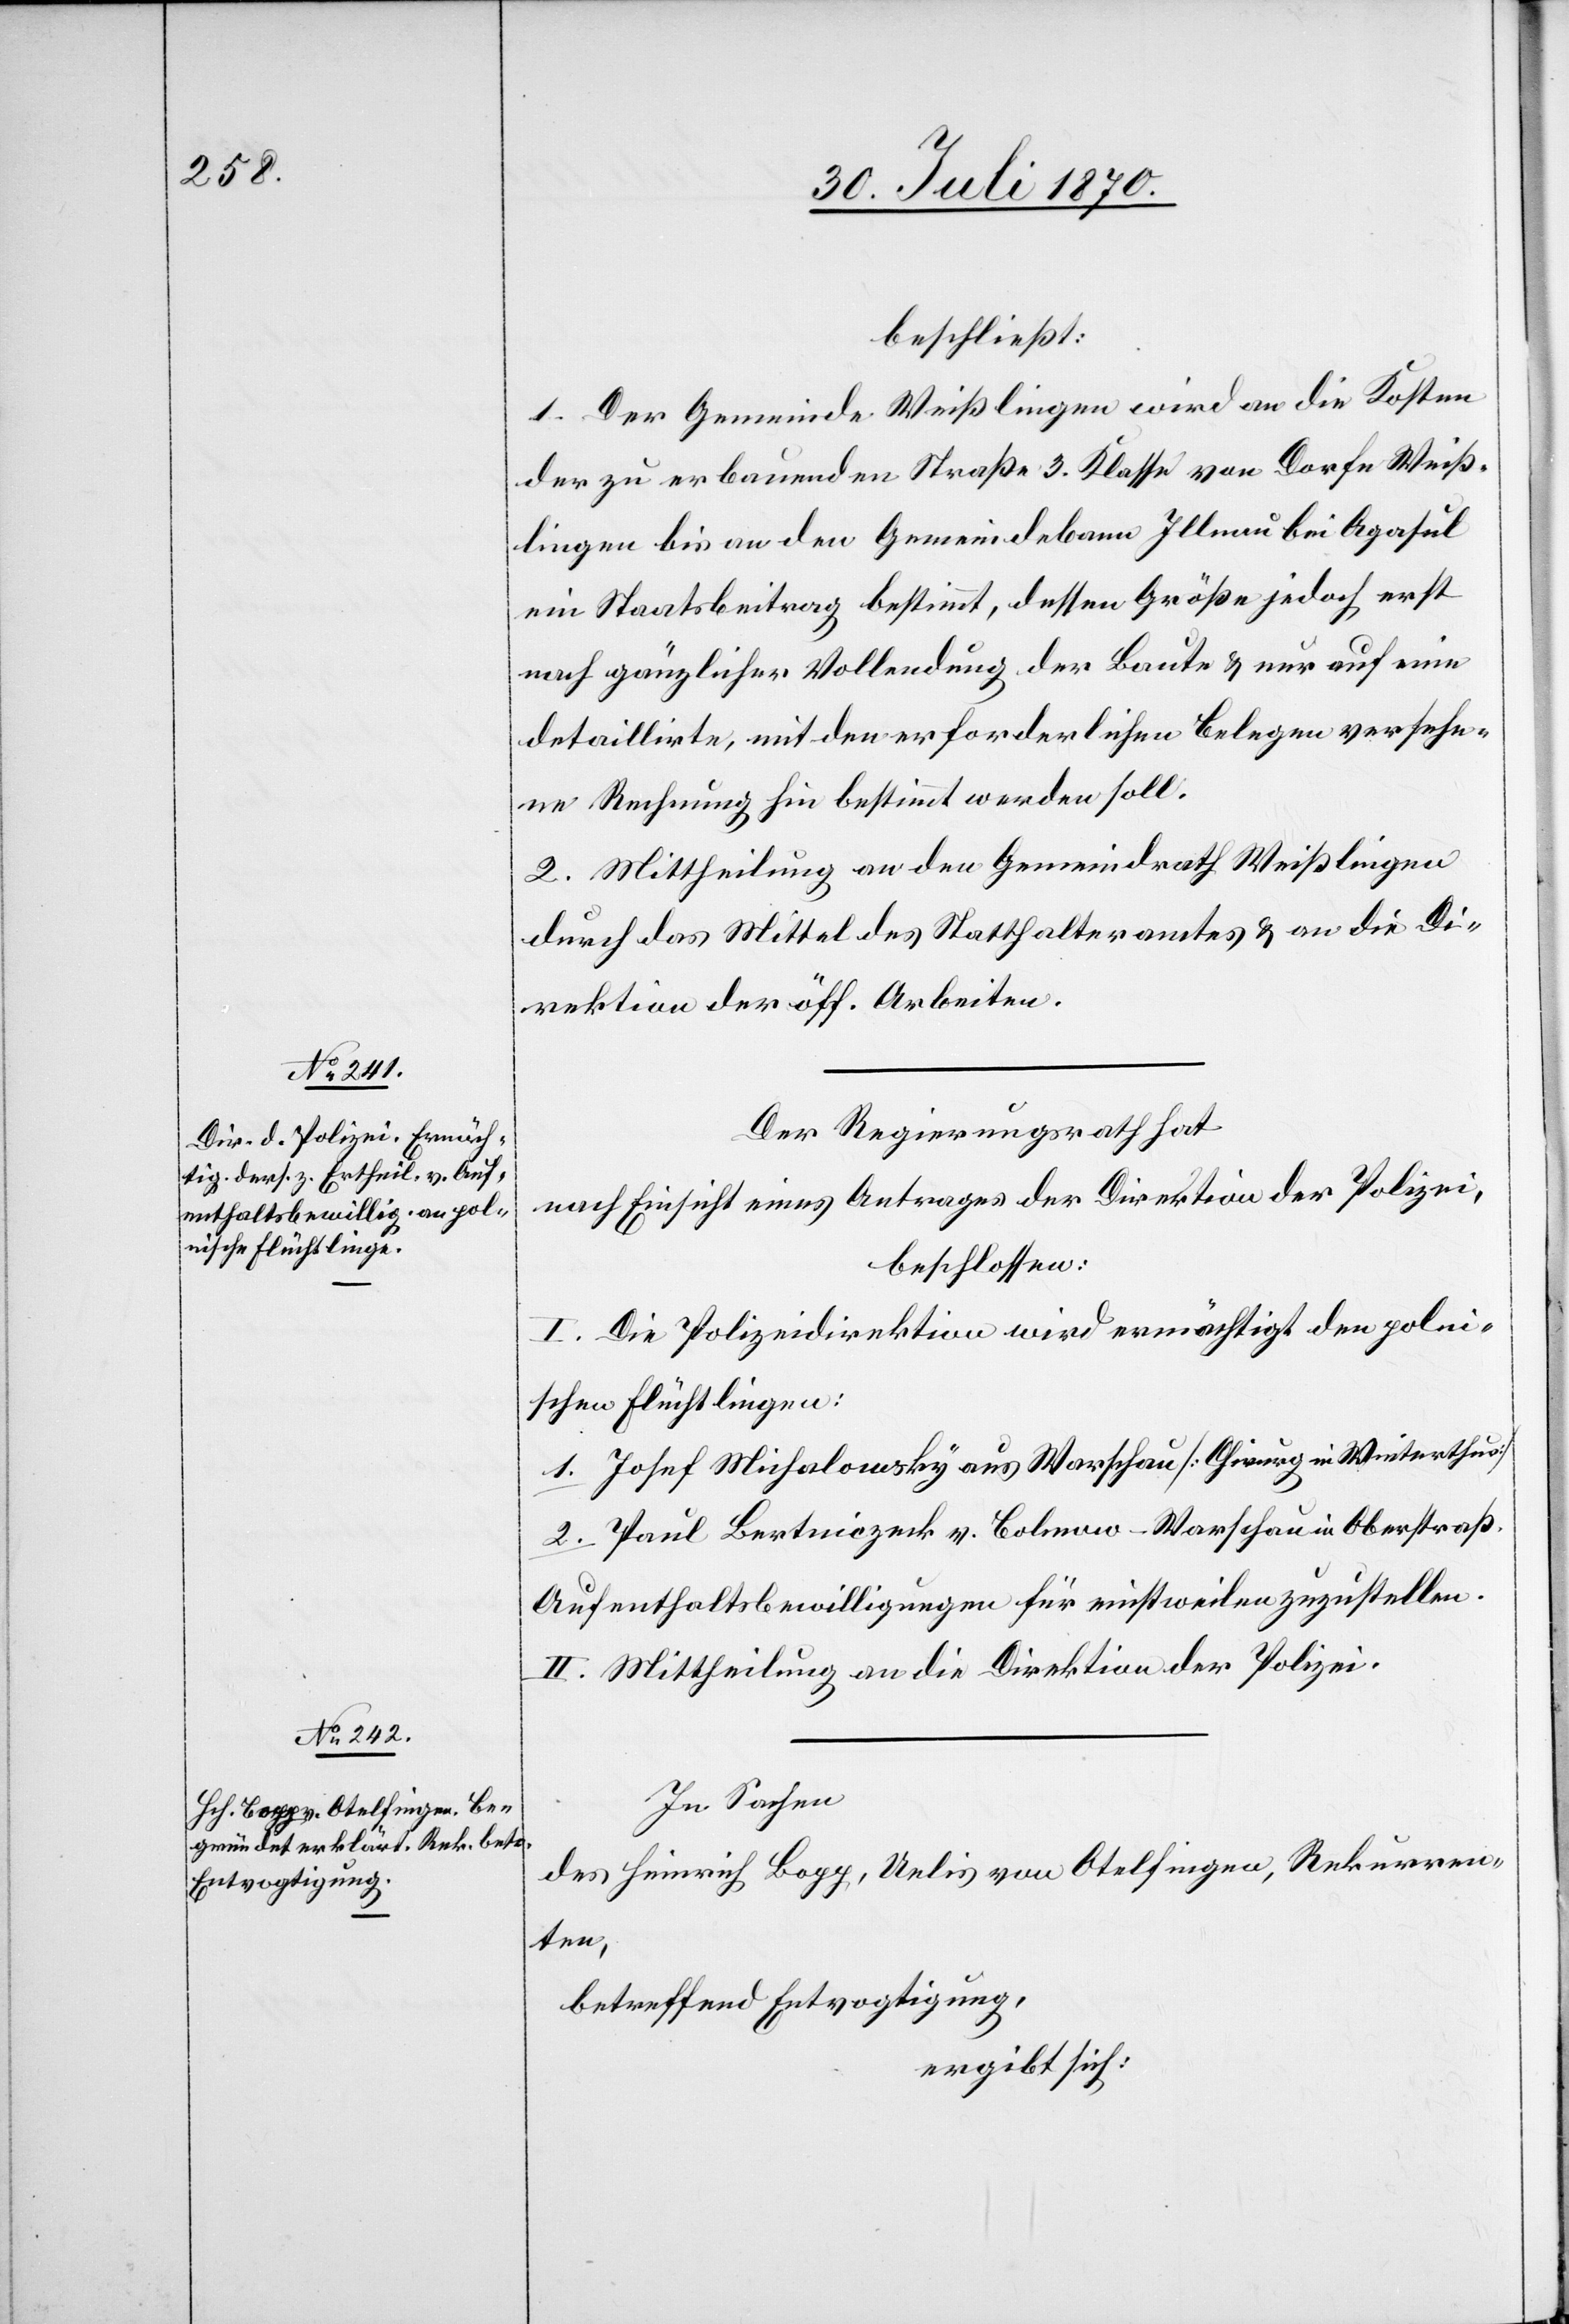
beschließt:
1. Der Gemeinde Weißlingen wird an die Kosten
der zu erbauenden Straße 3. Klasse von [sic!] Dorfe Weiß¬
lingen bis an den Gemeindebann Illnau bei Agasul
ein Staatsbeitrag bestimmt, dessen Größe jedoch erst
nach gänzlicher Vollendung der Baute & nur auf eine
detaillirte, mit den erforderlichen Belegen versehe¬
ne Rechnung hin bestimmt werden soll.
2. Mittheilung an den Gemeindrath Weißlingen
durch das Mittel des Statthalteramtes & an die Di¬
rektion der öff. Arbeiten.
Der Regierungsrath hat
nach Einsicht eines Antrages der Direktion der Polizei,
beschlossen:
I. Die Polizeidirektion wird ermächtigt den polni¬
schen Flüchtlingen
1. Josef Michalowsky aus Warschau [Chirurg in Winterthur]
2. Paul Bertniczeck v. Bolmow - Warschau in Oberstraß
Aufenthaltsbewilligungen für einstweilen zuzustellen.
II. Mittheilung an die Direktion der Polizei.
In Sachen
des Heinrich Bopp, Uelis von Otelfingen, Rekurren¬
ten,
betreffend Entvogtigung,
ergibt sich: